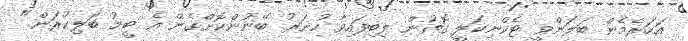
އަހަރެމެން ބަލަންވީ ޓެކްނިކަލީ ގޮތުން ލިބިފައިވާ ހުނަރު ބޭނުންކޮށްގެން އެ ޓީމު ބަލިކުރަން."